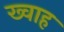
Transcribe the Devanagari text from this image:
ख्वाह